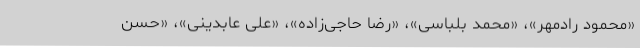
«محمود رادمهر»، «محمد بلباسی»، «رضا حاجی‌زاده»، «علی عابدینی»، «حسن